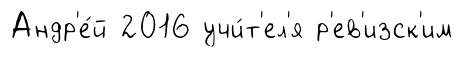
Андр'е́й 2016 учи́т'ел'я р'ев'изск'им